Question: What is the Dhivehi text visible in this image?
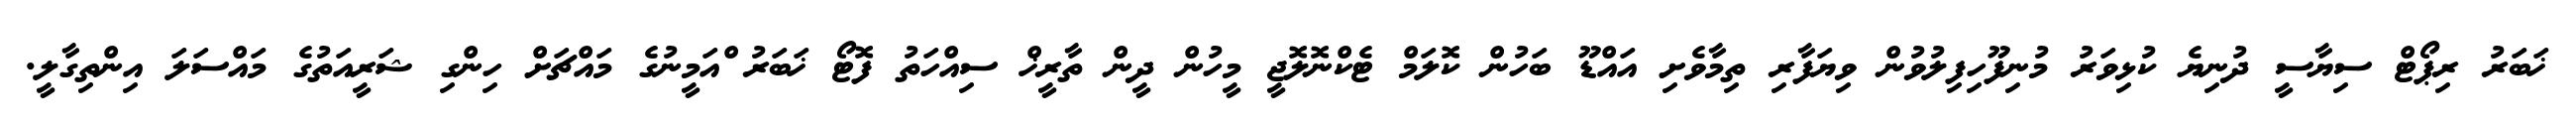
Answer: ޚަބަރު ރިޕޯޓް ސިޔާސީ ދުނިޔެ ކުޅިވަރު މުނިފޫހިފިލުވުން ވިޔަފާރި ތިމާވެށި އައްޑޫ ބަހުން ކޮލަމް ޓެކްނޮލޮޖީ މީހުން ދީން ތާރީޚް ސިއްހަތު ފޮޓޯ ޚަބަރު ްއަމީނުގެ މައްޗަށް ހިންގި ޝަރީއަތުގެ މައްސަލަ އިންތިގާލީ.